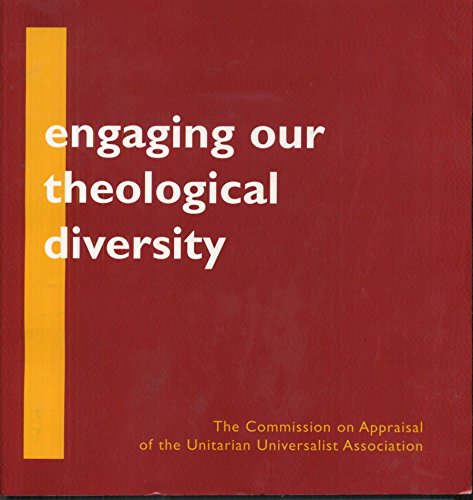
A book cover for Engaging our Theological Diversity, A Report: The Commission on Appraisal of the Unitarian Universalist Association; Religion & Spirituality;